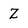
Character: Z